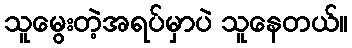
သူမွေးတဲ့အရပ်မှာပဲ သူနေတယ်။